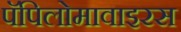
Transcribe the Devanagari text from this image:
पॅपिलोमावाइरस